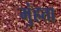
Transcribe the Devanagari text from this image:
मुंहता